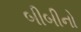
બીબીનો